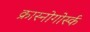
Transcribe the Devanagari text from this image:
क्रास्नोगोर्स्क